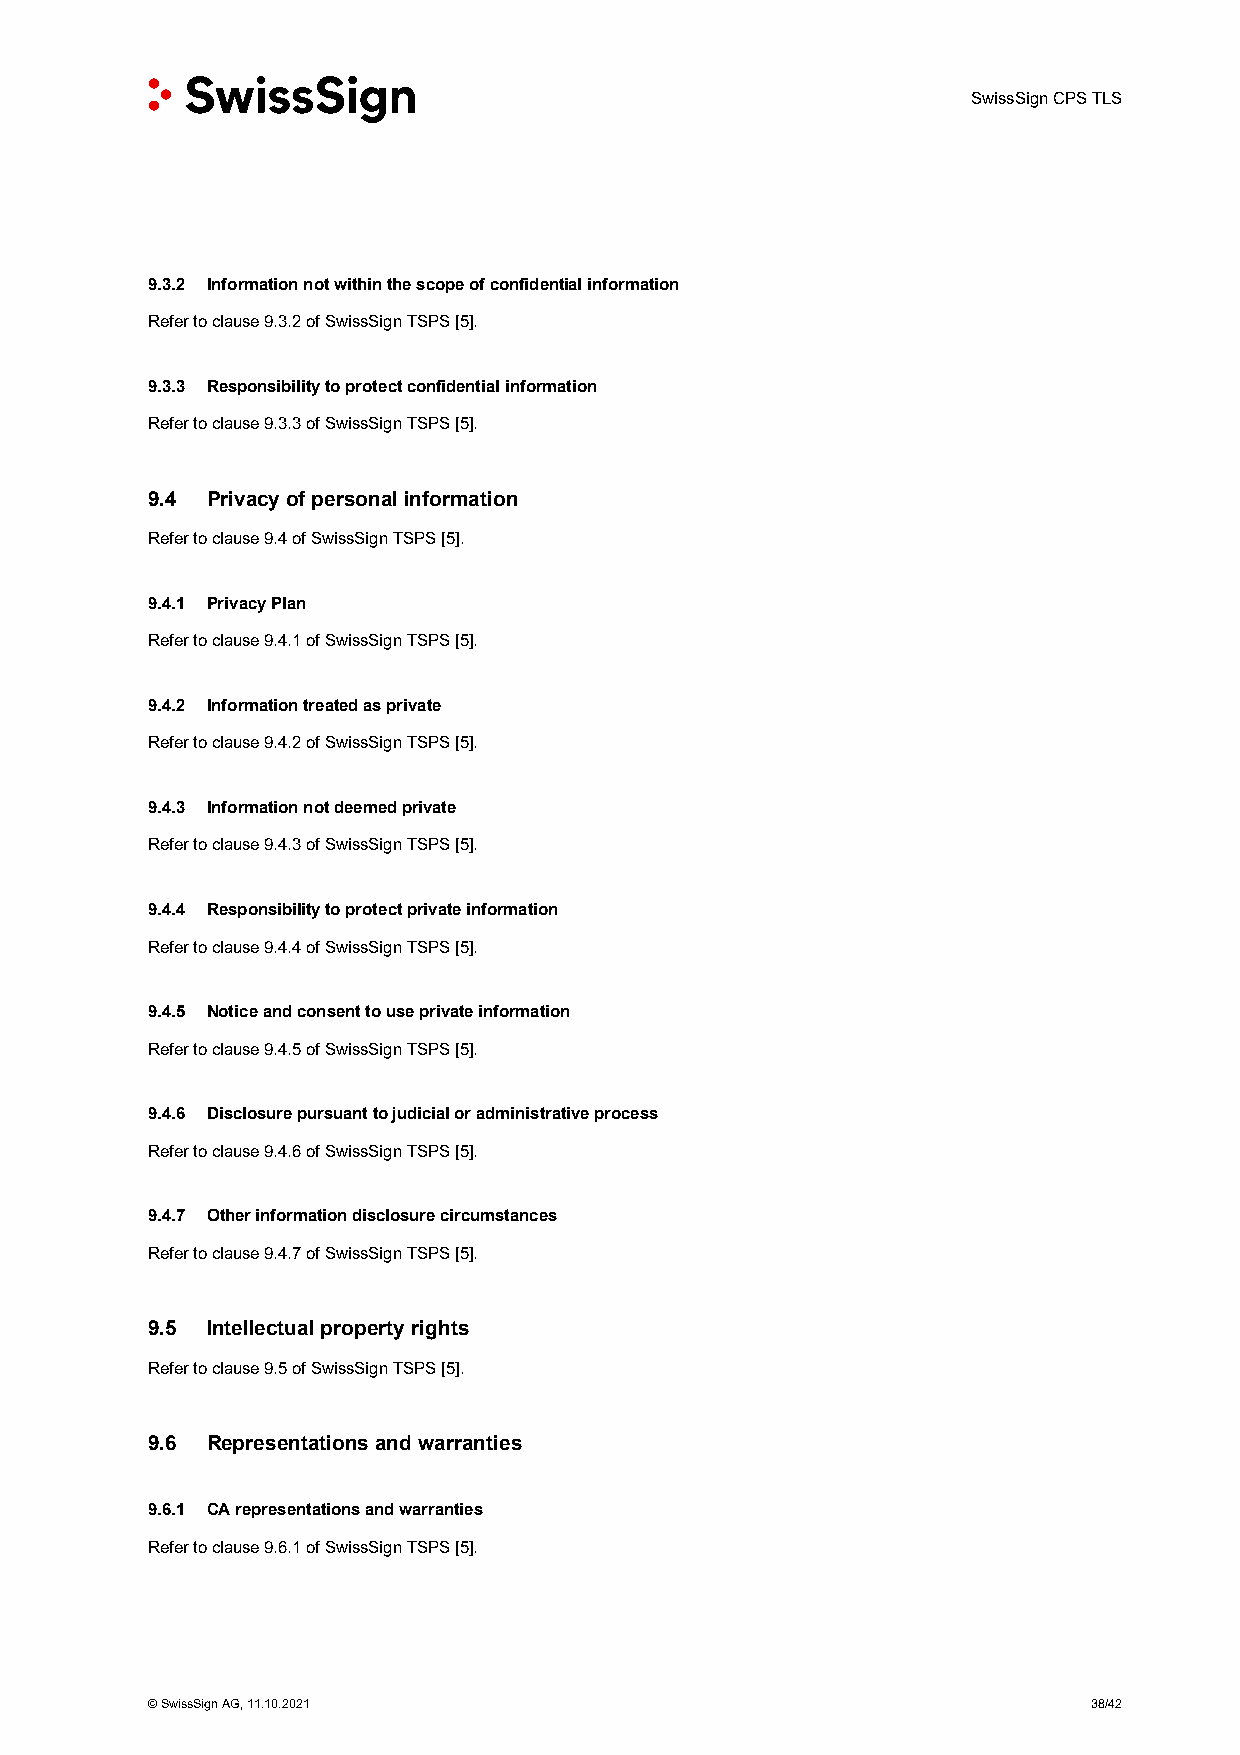
SwissSign CPS TLS
 9.3.2 Information not within the scope of confidential information
 Refer to clause 9.3.2 of SwissSign TSPS [5].
 9.3.3 Responsibility to protect confidential information
 Refer to clause 9.3.3 of SwissSign TSPS [5].
 9.4 Privacy of personal information
 Refer to clause 9.4 of SwissSign TSPS [5].
 9.4.1 Privacy Plan
 Refer to clause 9.4.1 of SwissSign TSPS [5].
 9.4.2 Information treated as private
 Refer to clause 9.4.2 of SwissSign TSPS [5].
 9.4.3 Information not deemed private
 Refer to clause 9.4.3 of SwissSign TSPS [5].
 9.4.4 Responsibility to protect private information
 Refer to clause 9.4.4 of SwissSign TSPS [5].
 9.4.5 Notice and consent to use private information
 Refer to clause 9.4.5 of SwissSign TSPS [5].
 9.4.6 Disclosure pursuant to judicial or administrative process
 Refer to clause 9.4.6 of SwissSign TSPS [5].
 9.4.7 Other information disclosure circumstances
 Refer to clause 9.4.7 of SwissSign TSPS [5].
 9.5 Intellectual property rights
 Refer to clause 9.5 of SwissSign TSPS [5].
 9.6 Representations and warranties
 9.6.1 CA representations and warranties
 Refer to clause 9.6.1 of SwissSign TSPS [5].
 © SwissSign AG, 11.10.2021                                    38/42